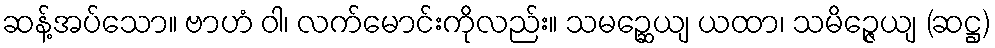
ဆန့်အပ်သော။ ဗာဟံ ဝါ၊ လက်မောင်းကိုလည်း။ သမဉ္ဆေယျ ယထာ၊ သမိဉ္ဇေယျ (ဆဋ္ဌ)